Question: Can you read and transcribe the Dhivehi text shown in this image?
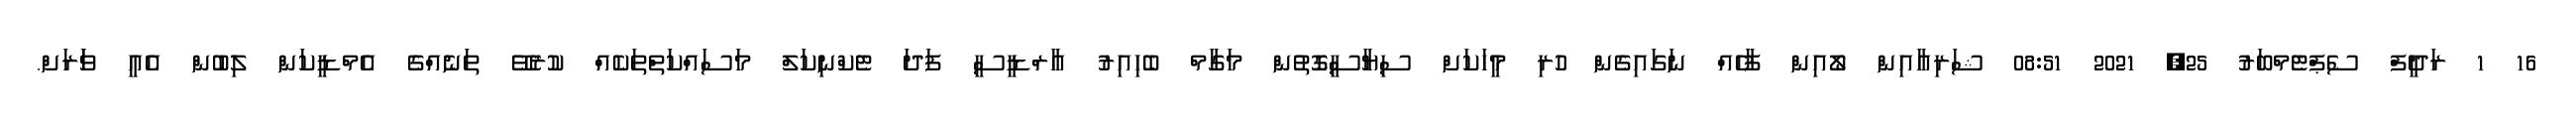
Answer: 16 1 ރަދީފް ސެޕްޓެމްބަރު 25, 2021 08:51 ޝަރިއާއިން ލޯއިން ފާހެއް ނަގައިގެން ހުރި މީހަކަށް ސިޔާސީގޮތުން މަގާމް ބެހިއިރު އާރްޑީސީ ފަދަ ޓެކްނިކަލް މަސައްކަތްތަކެއް ކުރެވޭ ތަނެއްގެ އެމްޑީކަން ލިބުން އެއީ ވަަރަށް.